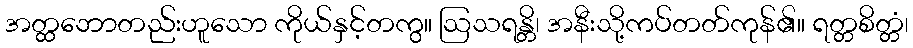
အတ္ထဘောတည်းဟူသော ကိုယ်နှင့်တကွ။ ဩသရန္တိ၊ အနီးသို့ကပ်တတ်ကုန်၏။ ရတ္တစိတ္တံ၊